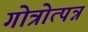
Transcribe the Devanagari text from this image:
गोत्रोत्पन्न